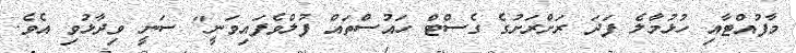
މާފުއްޓާއި ހުޅުމާލެ ފަދަ ރަށްރަށުގެ ގެސްޓް ހައުސްތައް ފުލްވެފައިވަނީ" ސަނީ ވިދާޅުވި އެވެ.